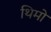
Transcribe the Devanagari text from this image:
थिमों